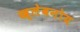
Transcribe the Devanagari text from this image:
ख्लेबनोय